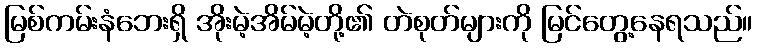
မြစ်ကမ်းနံဘေးရှိ အိုးမဲ့အိမ်မဲ့တို့၏ တဲစုတ်များကို မြင်တွေ့နေရသည်။